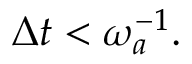
\begin{array} { r } { \Delta t { } < \omega _ { a } ^ { - 1 } . } \end{array}